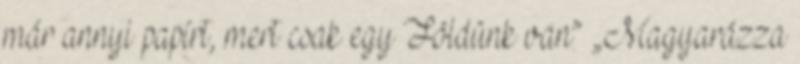
már annyi papírt, mert csak egy Földünk van” „Magyarázza